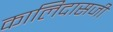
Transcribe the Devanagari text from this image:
कालिदासजी